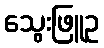
သွေးဖြူဥ